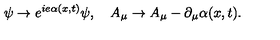
\psi \rightarrow e ^ { i e \alpha ( x , t ) } \psi , \quad A _ { \mu } \rightarrow A _ { \mu } - \partial _ { \mu } \alpha ( x , t ) .